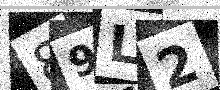
Text: 89L2